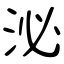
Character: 泌